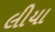
લીયા